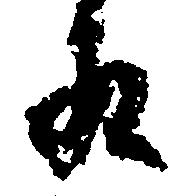
ゐ